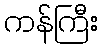
ကန်ကြီး